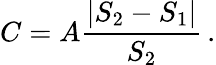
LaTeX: C=A{\frac{|S_{2}-S_{1}|}{S_{2}}}\, .